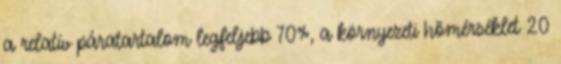
a relatív páratartalom legfeljebb 70%, a környezeti hõmérséklet 20